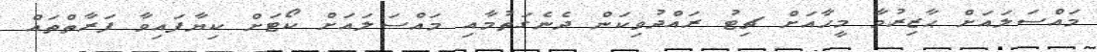
މައްސަލައަށް ޙާޒިރުވާ މީހާއަށް ޗިޓު ރައްދުވިކަން ދެނެގަތުމާއި މައްސަލައަށް ކޯޓަށް ކިޔާފައިވާ ފަރާތްތައް